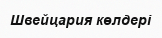
Швейцария көлдері